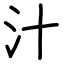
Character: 汁